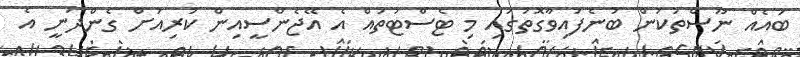
ބައެއް ނޫސްތަކުން ބުނެފައިވާގޮތުގައި މި ޓެސްޓުތައް އެ އޭޖެންސީއިން ކުރިއަށް ގެންދަނީ އެ